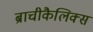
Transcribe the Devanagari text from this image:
ब्राचीकैलिक्स